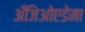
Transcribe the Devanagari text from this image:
अँजिओएडेमा